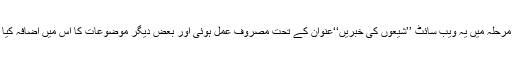
اس مرحلہ میں یہ ویب سائٹ ’’شیعوں کی خبریں‘‘عنوان کے تحت مصروف عمل ہوئی اور بعض دیگر موضوعات کا اس میں اضافہ کیا گیا۔